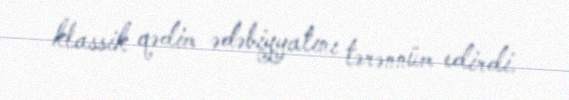
klassik qədim ədəbiyyatını tərənnüm edirdi.